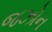
જઝોન